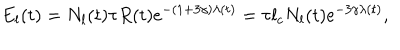
E _ { l } ( t ) = N _ { l } ( t ) \tau R ( t ) \mathrm { e } ^ { - ( 1 + 3 \gamma ) \lambda ( t ) } = \tau l _ { c } N _ { l } ( t ) \mathrm { e } ^ { - 3 \gamma \lambda ( t ) } ,